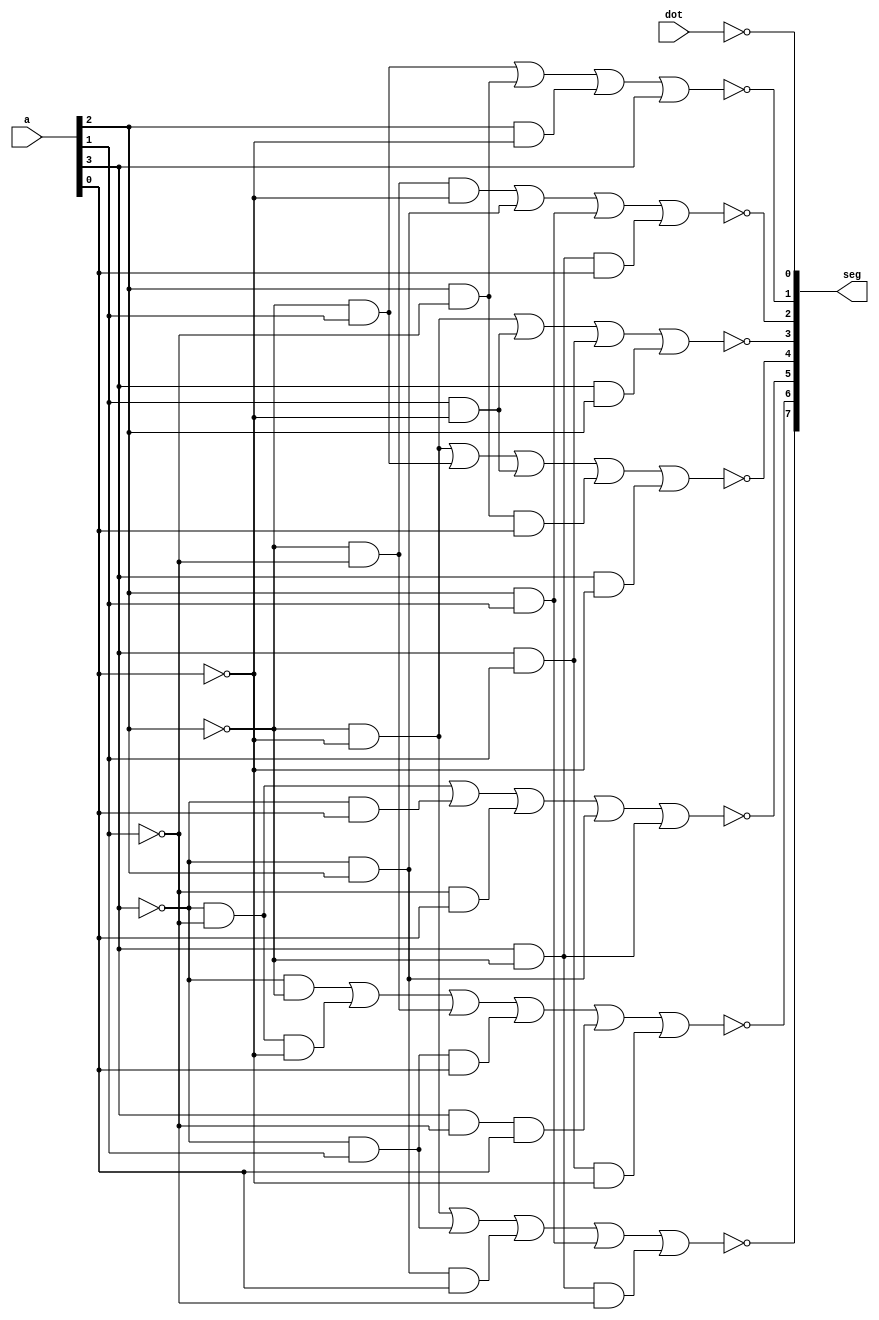
// When 4 bits are input to the segments, this code calculates these values and displays them on the segment.
// Dot was used to distinguish minutes, seconds, and 1/100 seconds.
module dec_7seg ( // 7 segment decoder
		a, // 4 bit input
		seg,
		dot); // 8 bit output
		
input [3:0] a;
input dot;
output [7:0] seg;

assign seg[7] = ~(~a[2]&~a[0] | ~a[3]&a[1] | ~a[3]&a[2]&a[0] | a[2]&a[1] | a[3]&~a[2]&~a[1]);
assign seg[6] = ~(~a[3]&~a[2] | ~a[3]&~a[1]&~a[0] | ~a[2]&~a[1] | ~a[3]&a[1]&a[0] | a[3]&~a[1]&a[0] | a[3]&a[1]&~a[0]);
assign seg[5] = ~(~a[3]&~a[1] | ~a[3]&a[0] | ~a[1]&a[0] | ~a[3]&a[2] | a[3]&~a[2]);
assign seg[4] = ~(~a[2]&~a[0] | ~a[2]&a[1] | a[1]&~a[0] | a[2]&~a[1]&a[0] | a[3]&~a[0]);
assign seg[3] = ~(~a[2]&~a[0] | a[1]&~a[0] | a[3]&a[1] | a[3]&a[2]);
assign seg[2] = ~(~a[2]&~a[1]&~a[0] | ~a[3]&a[2] | a[2]&a[1] | a[3]&~a[2]&a[0]);
assign seg[1] = ~(~a[2]&a[1] | a[2]&~a[1] | a[2]&~a[0] | a[3]);
assign seg[0] = ~(dot);

endmodule